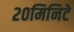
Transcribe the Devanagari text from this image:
२०मिनिटे